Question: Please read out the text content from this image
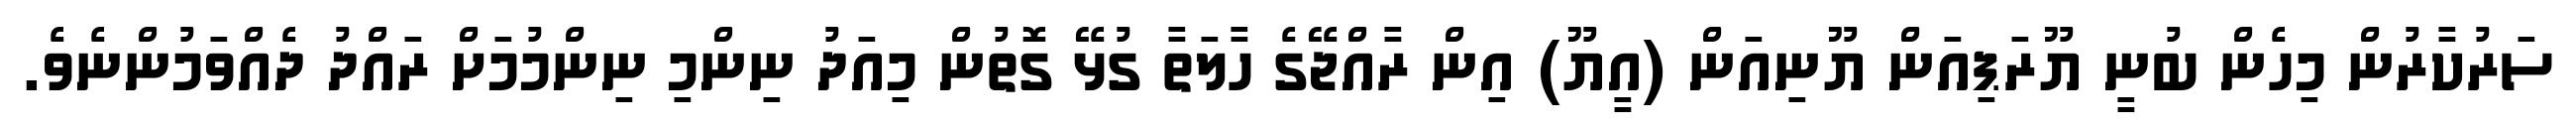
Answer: ސަރުކާރުން މިހެން ބުނީ ޔޫރަޕިއަން ޔޫނިއަން (އީޔޫ) އިން ރާއްޖޭގެ ހާލަތާ ގުޅޭ ގޮތުން މިއަދު ނިންމި ނިންމުމަށް ރައްދު ދެއްވަމުންނެވެ.